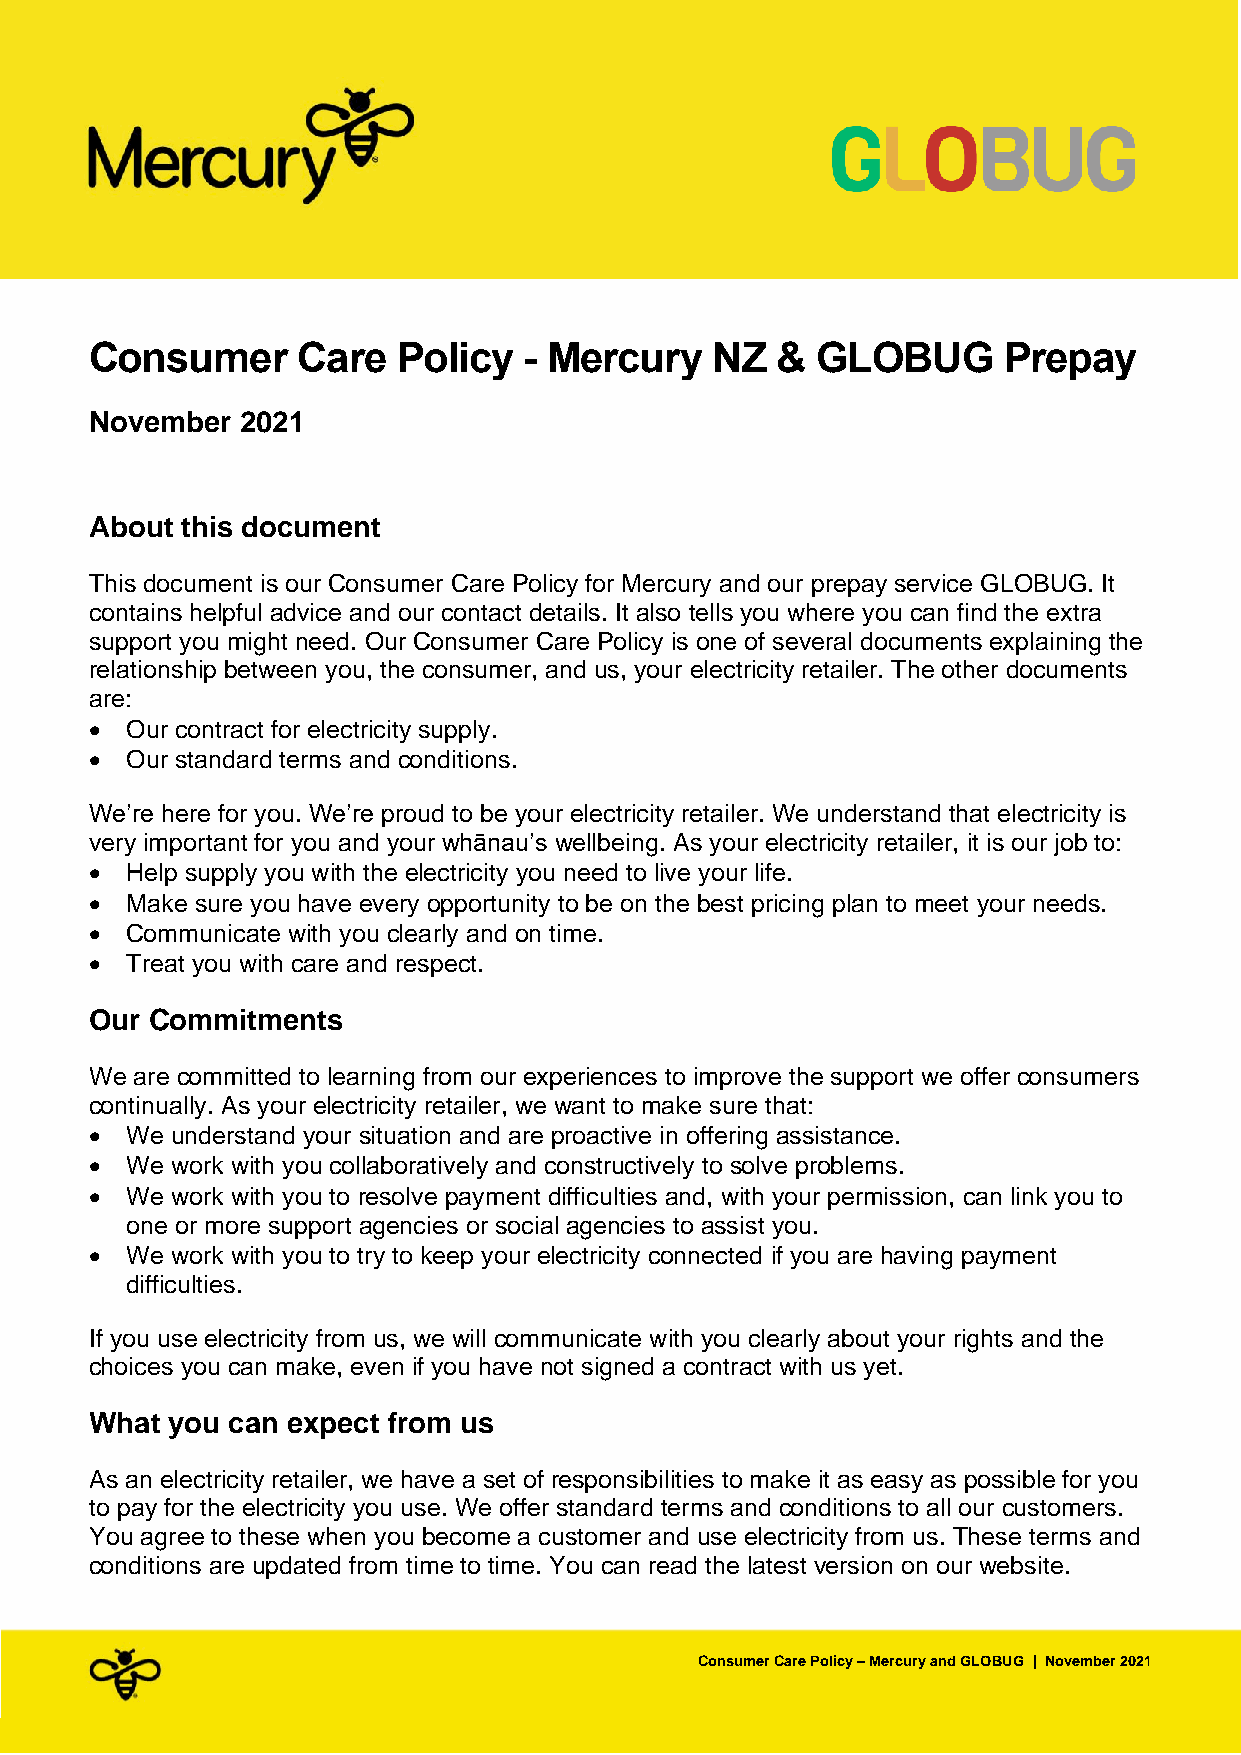
Consumer      Care  Policy   - Mercury   NZ  &  GLOBUG      Prepay
 November  2021
 About this document
 This document is our Consumer Care Policy for Mercury and our prepay service GLOBUG. It
 contains helpful advice and our contact details. It also tells you where you can find the extra
 support you might need. Our Consumer Care Policy is one of several documents explaining the
 relationship between you, the consumer, and us, your electricity retailer. The other documents
 are:
 • Our contract for electricity supply.
 • Our standard terms and conditions.
 We’re here for you. We’re proud to be your electricity retailer. We understand that electricity is
 very important for you and your whānau’s wellbeing. As your electricity retailer, it is our job to:
 • Help supply you with the electricity you need to live your life.
 • Make sure you have every opportunity to be on the best pricing plan to meet your needs.
 • Communicate with you clearly and on time.
 • Treat you with care and respect.
 Our Commitments
 We are committed to learning from our experiences to improve the support we offer consumers
 continually. As your electricity retailer, we want to make sure that:
 • We understand your situation and are proactive in offering assistance.
 • We work with you collaboratively and constructively to solve problems.
 • We work with you to resolve payment difficulties and, with your permission, can link you to
 one or more support agencies or social agencies to assist you.
 • We work with you to try to keep your electricity connected if you are having payment
 difficulties.
 If you use electricity from us, we will communicate with you clearly about your rights and the
 choices you can make, even if you have not signed a contract with us yet.
 What you can expect from us
 As an electricity retailer, we have a set of responsibilities to make it as easy as possible for you
 to pay for the electricity you use. We offer standard terms and conditions to all our customers.
 You agree to these when you become a customer and use electricity from us. These terms and
 conditions are updated from time to time. You can read the latest version on our website.
 Consumer Care Policy – Mercury and GLOBUG | November 2021